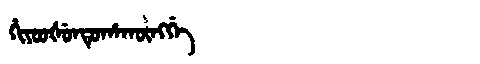
Manchu: ᡥᡳᠶᠣᠣᡧᡠᠨᡨᡠᡥᠠᡴᡡᠩᡤᡝ
Romanization: HIYOOŠUNTUHAKŪNGGE